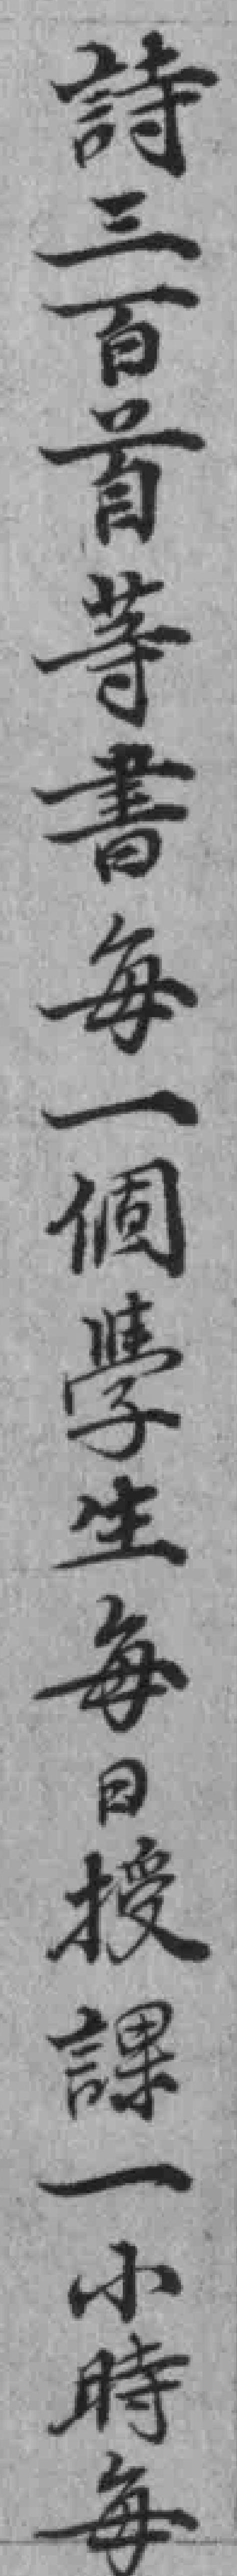
詩三百首等書每一個學生每日授課一小時每